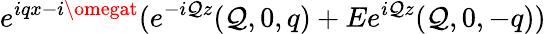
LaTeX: e^{iqx-i\omegat}(e^{-i\mathcal{Q}z}(\mathcal{Q},0,q)+Ee^{i\mathcal{Q}z}(\mathcal{Q},0,-q))